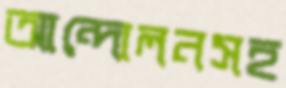
আন্দোলনসহ